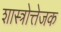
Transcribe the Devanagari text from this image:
शास्त्रोत्तेजक